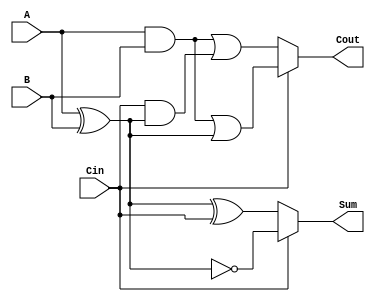
module ConditionalSumFullAdder (
    input wire A,      // First binary input
    input wire B,      // Second binary input
    input wire Cin,    // Carry input
    output wire Sum,   // Sum output
    output wire Cout   // Carry output
);

    // Internal signals for the two potential sums and carry outputs
    wire Sum0, Sum1;
    wire Cout0, Cout1;

    // Calculate Sum0 and Cout0
    assign Sum0 = A ^ B ^ Cin;
    assign Cout0 = (A & B) | (Cin & (A ^ B));

    // Calculate Sum1 and Cout1
    assign Sum1 = A ^ B ^ 1'b1; // A XOR B XOR 1
    assign Cout1 = (A & B) | ((A ^ B) & 1'b1); // A AND B OR (A XOR B AND 1)

    // Select the final Sum and Cout based on Cin
    assign Sum = (Cin == 1'b0) ? Sum0 : Sum1;
    assign Cout = (Cin == 1'b0) ? Cout0 : Cout1;

endmodule